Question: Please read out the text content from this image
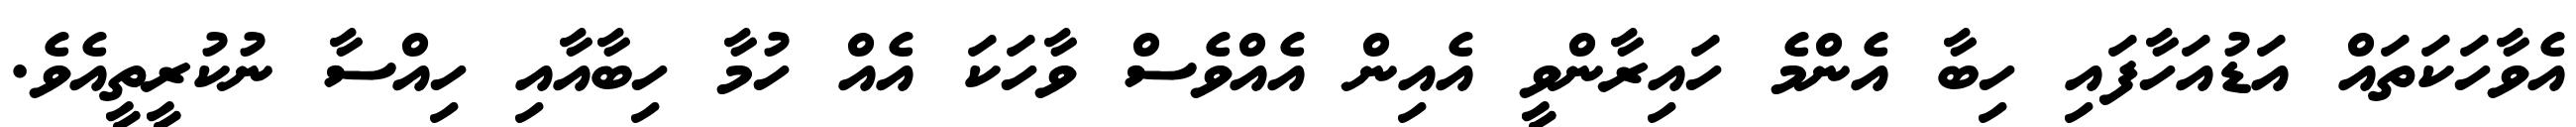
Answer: އެވާހަކަތައް އަޑުއަހާފައި ހިބާ އެންމެ ހައިރާންވީ އެއިން އެއްވެސް ވާހަކަ އެއް ހުމާ ހިބާއާއި ހިއްސާ ނުކުރީތީއެވެ.